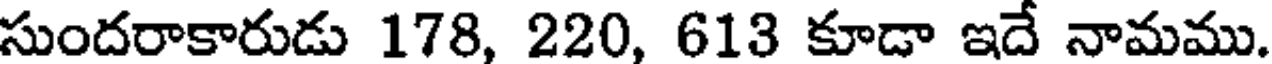
సుందరాకారుడు 178, 220, 613 కూడా ఇదే నామము.